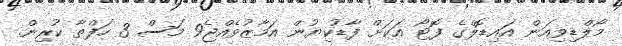
މޯލްޑިވިއަން އައިޑޮލްގެ ފޮޓޯ އަކަށް ފާޑުކިޔުން އަމާޒުވެއްޖެ9 މަސް 3 ހަފްތާ ކުރިން.